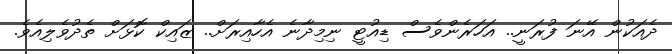
ދެއަކުން އޭނަ ފުރަނީ.. އަހަރެންވެސް ޑިއުޓީ ނިމިދާނެ އެހާއިރަށް.. ޒައިކް ކޮޅަށް ތެދުވެލިއެވެ.